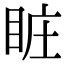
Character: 𥅾